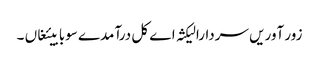
زور آوریں سردارا لیکثہ اے کل درآمدے سوبابیئغاں ۔